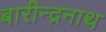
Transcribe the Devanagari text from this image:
बारीन्द्रनाथ